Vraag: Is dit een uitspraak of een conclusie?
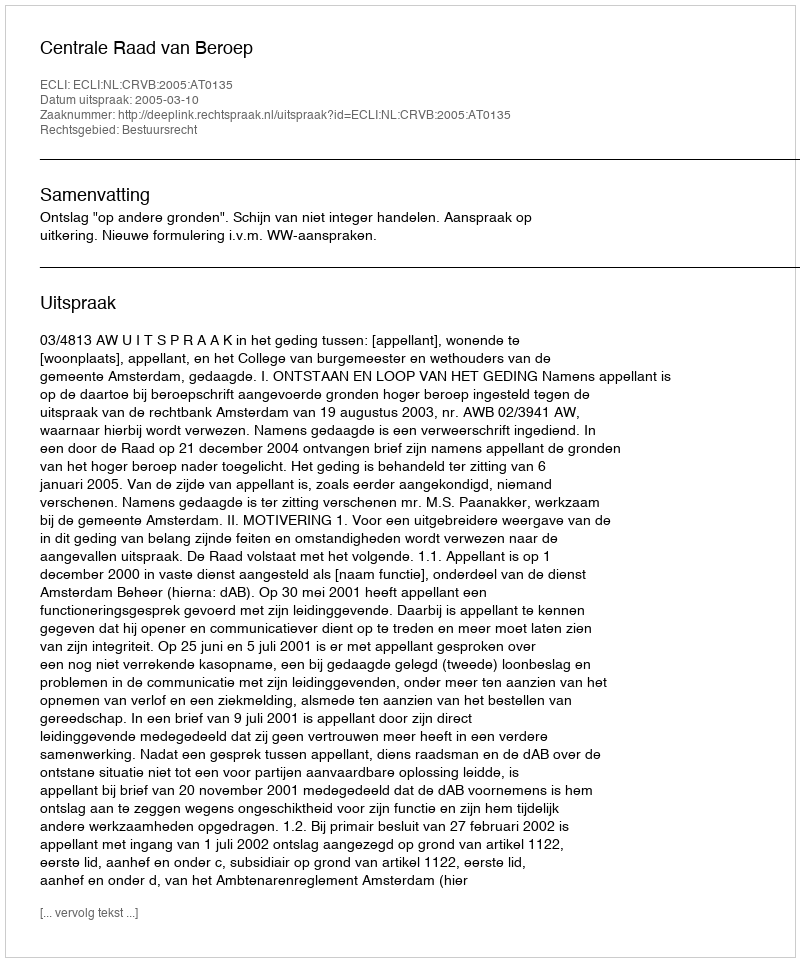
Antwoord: Uitspraak